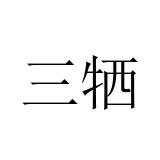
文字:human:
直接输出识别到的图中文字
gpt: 三牺